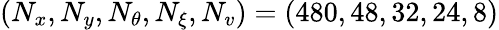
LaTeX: \left(N_{x},N_{y},N_{\theta},N_{\xi},N_{v}\right)=(480,48,32,24,8)